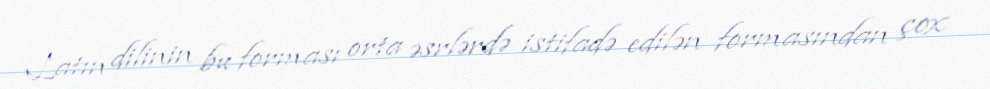
Latın dilinin bu forması orta əsrlərdə istifadə edilən formasından çox